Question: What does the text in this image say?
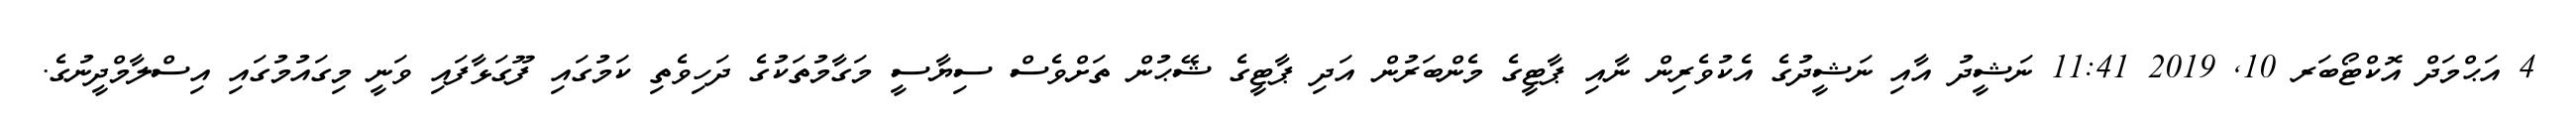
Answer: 4 އަޙްމަދް އޮކްޓޯބަރ 10, 2019 11:41 ނަޝީދު އާއި ނަޝީދުގެ އެކުވެރިން ނާއި ޕާޓީގެ މެންބަރުން އަދި ޕާޓީގެ ޝޭޙުން ތަށްވެސް ސިޔާސީ މަގާމުތަކުގެ ދަހިވެތި ކަމުގައި ފޫގަޅާފައި ވަނީ މިގައުމުގައި އިސްލާމްދީނުގެ.